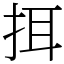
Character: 挕